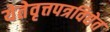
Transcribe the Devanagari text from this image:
येतेवृत्तपत्रविद्येत